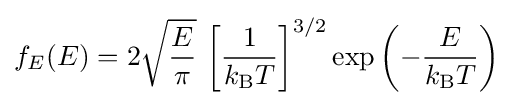
f_{E}(E)=2{\sqrt {\frac {E}{\pi }}}\,\left[{\frac {1}{k_{\text{B}}T}}\right]^{3/2}\exp \left(-{\frac {E}{k_{\text{B}}T}}\right)